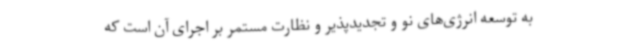
به توسعه انرژی‌های نو و تجدیدپذیر و نظارت مستمر بر اجرای آن است که